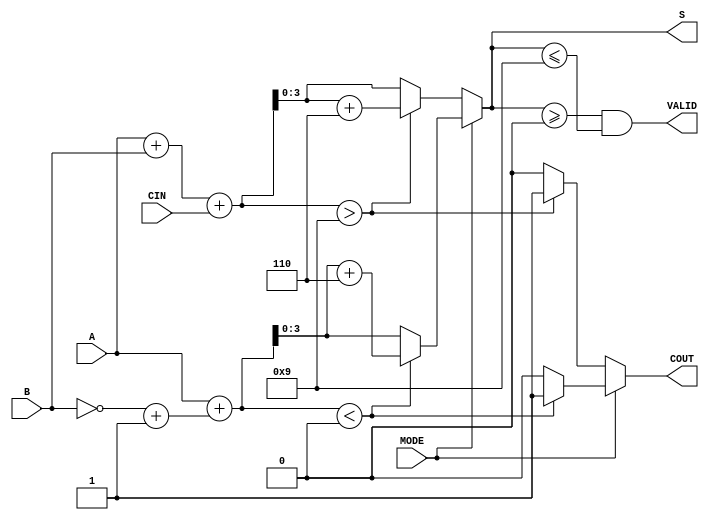
module BCD_Add_Subtracter (
    input  wire [3:0] A,      // First BCD digit
    input  wire [3:0] B,      // Second BCD digit
    input  wire MODE,         // Mode select (0 = addition, 1 = subtraction)
    input  wire CIN,          // Carry-in for addition
    output reg  [3:0] S,      // Resulting BCD digit
    output reg  COUT,         // Carry-out for addition
    output reg  VALID         // Valid BCD output
);

    wire [4:0] sum;           // Intermediate sum for addition
    wire [4:0] sub;           // Intermediate sum for subtraction
    wire [3:0] adjusted_sum;  // Adjusted sum for BCD validity
    wire [3:0] adjusted_sub;   // Adjusted subtraction result
    wire A_gt_B;              // To detect overflow in subtraction
        
    // Addition
    assign sum = A + B + CIN;

    // Determine if we need to adjust the sum
    always @(*) begin
        if (MODE == 0) begin  // Addition
            if (sum > 9) begin
                adjusted_sum = sum + 6; // Adjust for BCD
                COUT = 1;                // Set carry-out
            end else begin
                adjusted_sum = sum;      // No adjustment
                COUT = 0;                // No carry-out
            end
            S = adjusted_sum[3:0];       // Result is lower 4 bits
        end else begin // Subtraction
            // Calculate 2's complement of B
            sub = A + (~B + 4'b0001);
            A_gt_B = (sub < 4'b0000);      // Check for negative result
            
            if (A_gt_B) begin
                adjusted_sub = sub + 4'b0110; // Adjust for BCD
                COUT = 1;                    // Indicates borrow
            end else begin
                adjusted_sub = sub[3:0];     // No adjustment
                COUT = 0;                    // No borrow
            end
            S = adjusted_sub[3:0];          // Result is lower 4 bits
        end

        // Validity check for BCD output
        VALID = (S >= 4'b0000 && S <= 4'b1001);
    end

endmodule